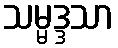
သမ္မဒ္ဒသာ